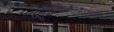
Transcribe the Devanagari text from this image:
यूआयडीएआयचे